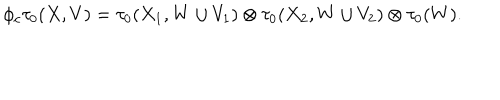
\phi _ { c } \tau _ { 0 } ( X , V ) = \tau _ { 0 } ( X _ { 1 } , W \cup V _ { 1 } ) \otimes \tau _ { 0 } ( X _ { 2 } , W \cup V _ { 2 } ) \otimes \tau _ { 0 } ( W ) .